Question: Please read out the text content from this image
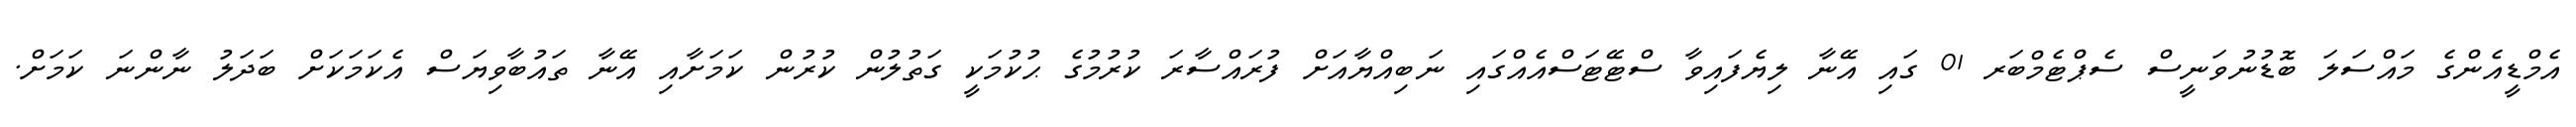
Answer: އެމްޑީއެންގެ މައްސަލަ ބޮޑުނުވަނީސް ސެޕްޓެމްބަރ 01 ގައި އޭނާ ލިޔެފައިވާ ސްޓޭޓަސްއެއްގައި ނަބިއްޔާއަށް ފުރައްސާރަ ކުރުމުގެ ޙުކުމަކީ ގަތުލުން ކުރުން ކަމަށާއި އޭނާ ތައުބާވިޔަސް އެކަމަކަށް ބަދަލު ނާންނަ ކަމަށް.